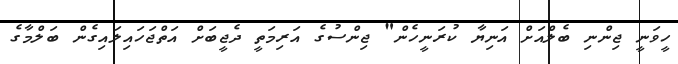
ހީވަނީ ޖިންނި ބެލްއަށް އަނިޔާ ކުރަނީހެން" ޖިންސުގެ އަރިމަތީ ދެޖީބަށް އަތްޖަހައިލައިގެން ބަލްމާގެ